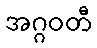
အဂ္ဂဝတီ